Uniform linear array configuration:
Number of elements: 32
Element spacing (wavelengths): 0.25
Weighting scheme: kaiser
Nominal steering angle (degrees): -30
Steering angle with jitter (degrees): -28.101
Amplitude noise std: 0.05
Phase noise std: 0.05

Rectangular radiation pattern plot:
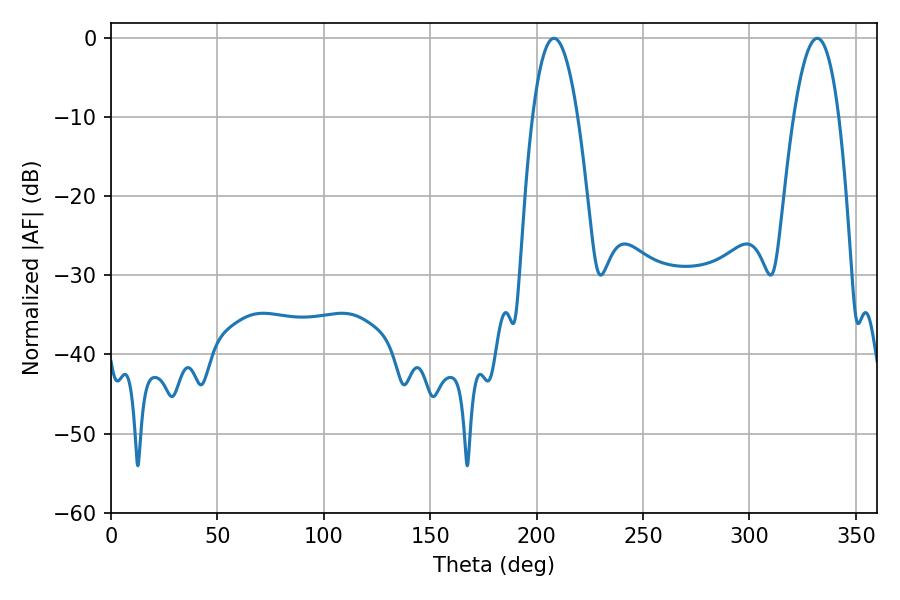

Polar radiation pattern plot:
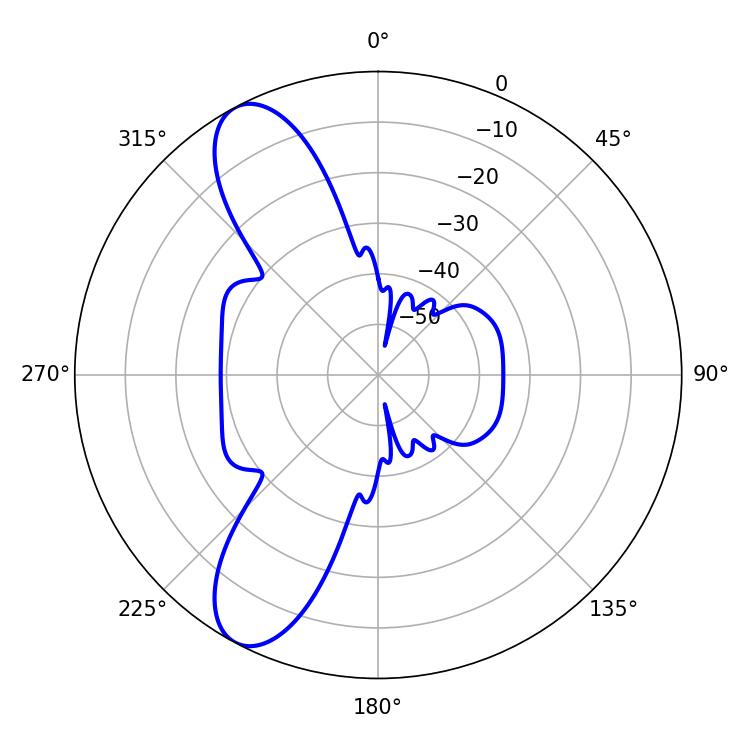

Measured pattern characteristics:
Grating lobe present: FALSE
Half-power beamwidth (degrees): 11.7
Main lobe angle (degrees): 208.08